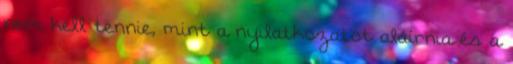
nem kell tennie, mint a nyilatkozatot aláírnia és a